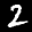
Label: 2